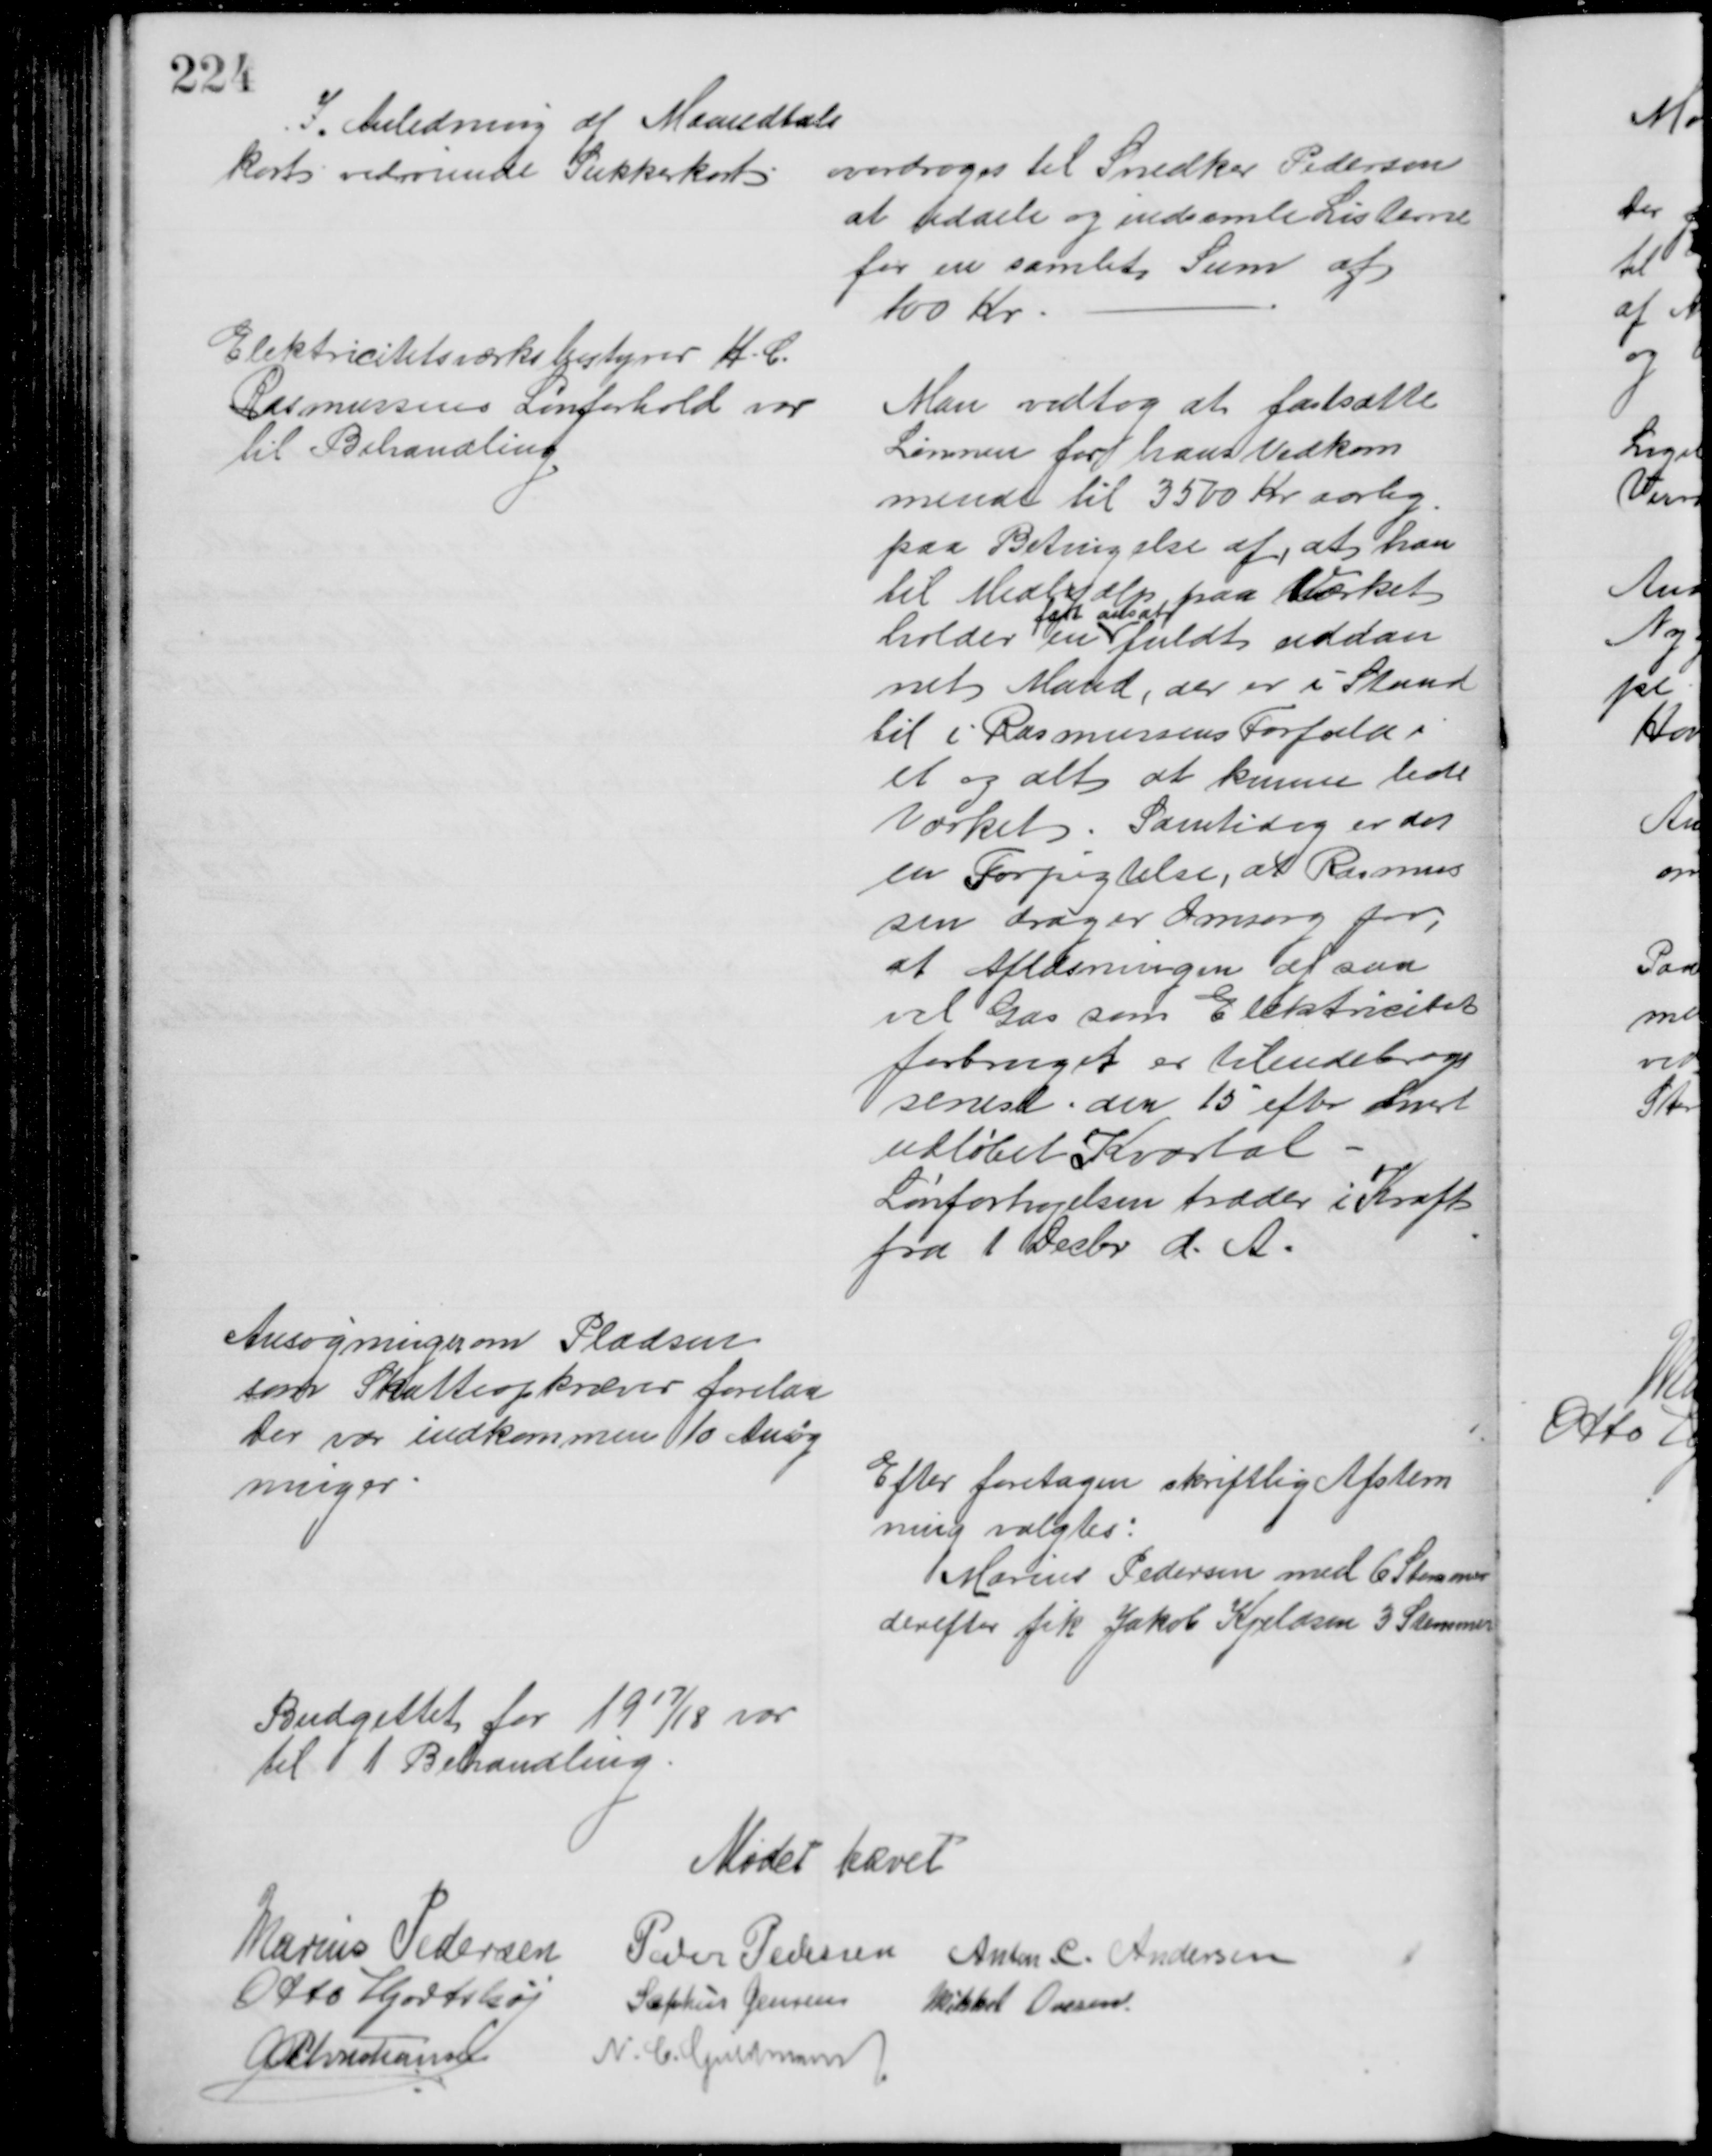
Transskription:
I Anledning af Maandtals
kort vedrørende Sukkerkort
overdroges til Snedker Pedersen
at uddele og indsamle Listerne
for en samlet Sum af
100 Kr
Elektricitetsværksbestyrer H. C.
Rasmussens Lønforhold var
til Behandling
Man vedtog at fastsætte
Lønnen for hans Vedkom
mende til 3500 Kr aarlig
paa Betingelse af, at han
til Medhjælp paa Værket
holder en
fast ansat
fuldt uddan
net Mand, der er i Stand
til i Rasmussens Forfald i
et og alt at kunne lede
Værket. Samtidig er det 
en Forpigtelse, at Rasmus
sen drager Omsorg for,
at Aflæsningen af saa
vel Gas som Elektricitets
forbruget er tilendebragt
senest den 15 efter hvert
udløbet Kvartal
Lønforhøjelsen træder i Kraft
fra 1 Decbr d. A.
Ansøgninger om Pladsen
som Skatteopkræver forelaa
Der var indkommen 10 Ansøg
ninger
Efter foretagen skriftlig Afstem
ning valgtes:
Marius Pedersen med 6 Stemmer
derefter fik Jakob Kjeldsen 3 Stemmer
Budgettet for 1917/18 var
til 1 Behandling
Mødet hævet
Marius Pedersen
Peder Pedersen Anton. C. Andersen
Otto Hjortshøj
Sophus Jensen Mikkel Ovesen
A P Christiansen
N. C. Guldmann